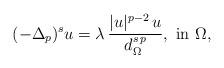
LaTeX: \begin{align*}(-\Delta_p)^s u=\lambda\,\frac{|u|^{p-2}\,u}{d_\Omega^{s\,p}},\mbox{ in }\Omega,\end{align*}